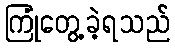
ကြုံတွေ့ခဲ့ရသည်